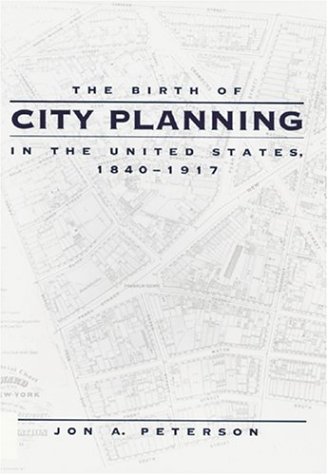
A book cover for The Birth of City Planning in the United States, 1840-1917 (Creating the North American Landscape); Jon A. Peterson; Law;